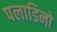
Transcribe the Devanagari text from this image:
पलाडिनो